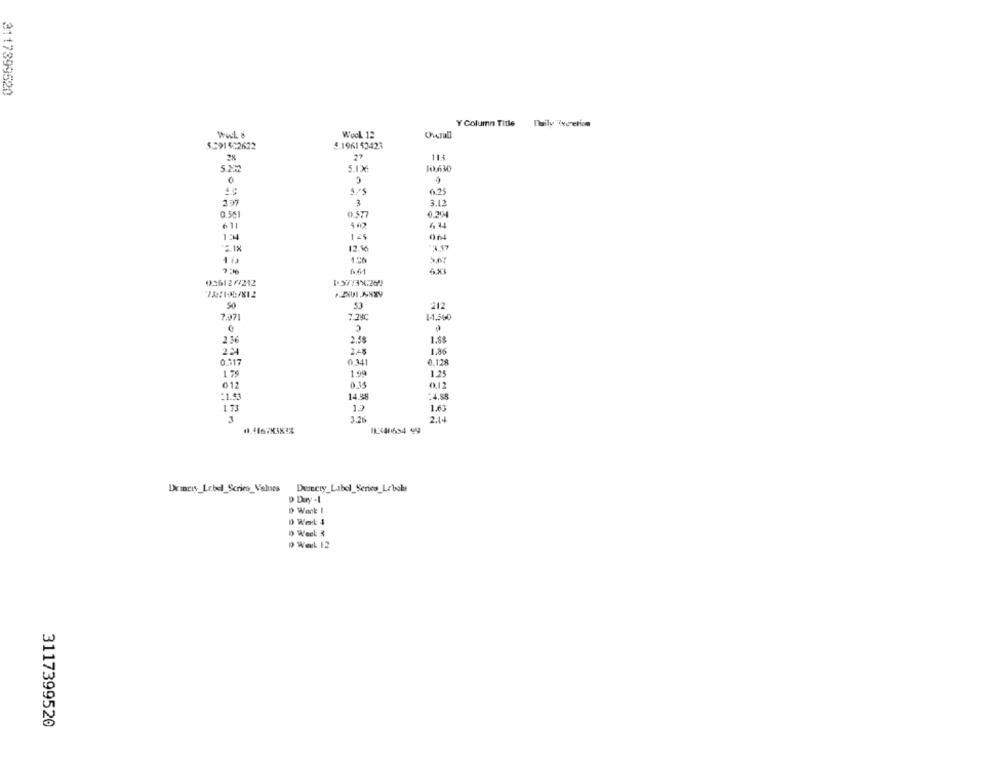
3117399520
Y Column Title naily Incretion
Wool 12
Overall
5.391502622
£.1961 $2423
2%
27
11+
5.232
SIX
10.6W
40
3.12
0.561
0.577
0.354
611
6 44
125
*218
12.%
** 4 47
03612/7212
50
53
212
7.071
7.28C
C
1-1.560
2.36
2.58
2,34
2.48
0 341
0.128
179
1.99
1.25
012
012
14.98
*4.58
173
13
1.63
3.26
1341634 49
Demewy_Label_Scries_Values Ducty_Label_Series_Le bols
D Wank I
D Werl: 1
1 Week: #
D Werk 12
3117399520